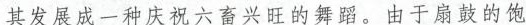
其发展成一种庆祝六畜兴旺的舞蹈。由于扇鼓的饱